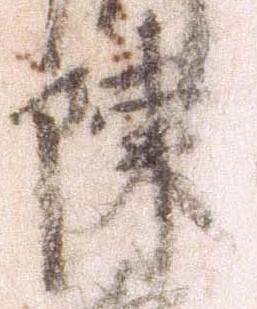
陳